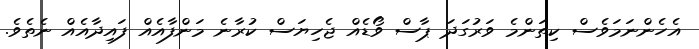
އެހެންނަމަވެސް ކިތަންމެ ވަރުގަދަ ޕާސް ވޯޑެއް ޖެހިޔަސް ކުރާނެ މަންފާއެއް ފައިދާއެއް ނެތެވެ.